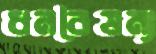
ধনবৈষম্য